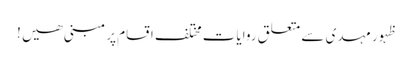
ظہورِ مہدی سے متعلق روایات مختلف اقسام پر مبنی ھیں !